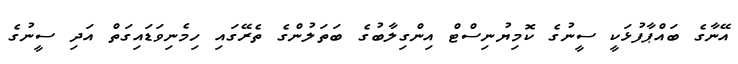
އޭނާގެ ބައްޕާފުޅަކީ ސީނުގެ ކޮމިޔުނިސްޓް އިންގިލާބުގެ ބަތަލުންގެ ތެރޭގައި ހިމެނިވަޑައިގަތް އަދި ސީނުގެ